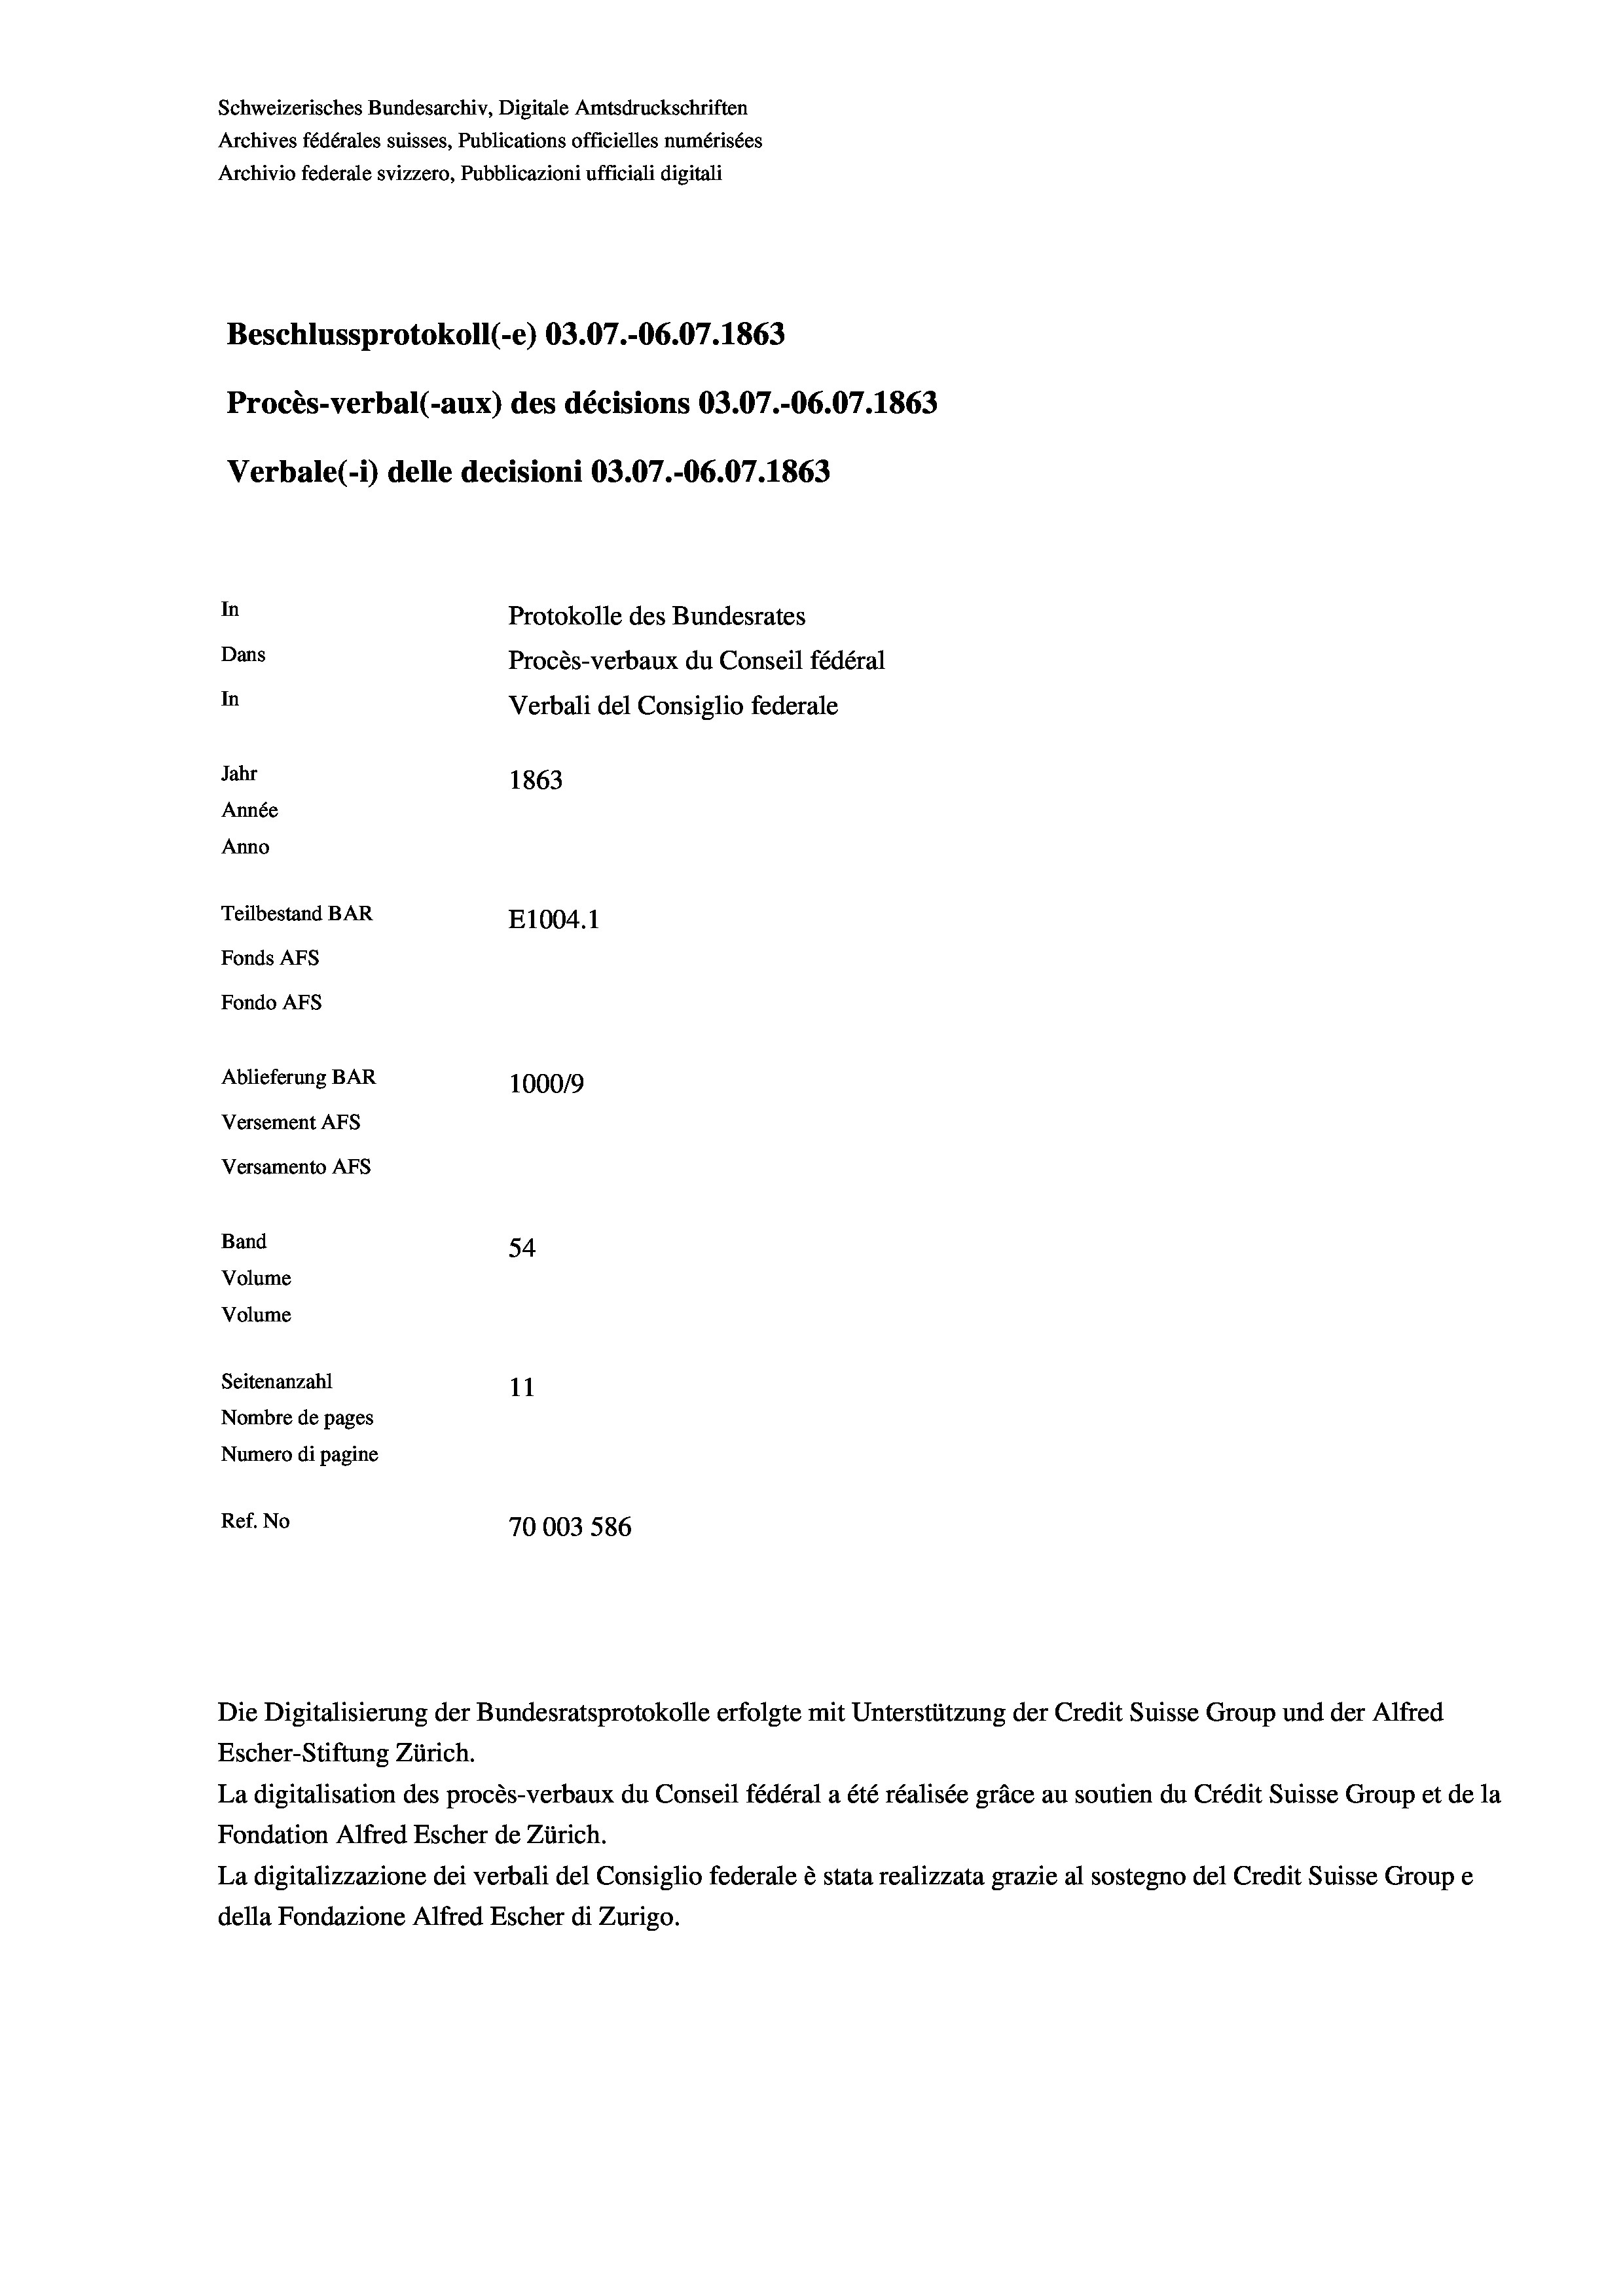
Beschlussprotokoll (-e) 03.07.-06.07. 1863
Procès-verbal (-aux) des décisions 03.07.-06.07. 1863
Verbale(*) delle decisioni 03.07.-O6.07. 1863
In
Protokolle des Bundesrates
Dans
Procès-verbaux du Conseil fédéral
In
Verbali del Consiglio federale
Jahr
1863
Année
Anno
Teilbestand BAR
E1004.1
Fonds AFs
Fondo AFS
Ablieferung BAR
100019
Versement AFs
Versamento AFs

Band
Volume
Volume
Seitenanzahl

Schweizerisches Bundesarchiv, Digitale Amtsdruckschriften
Archives fédérales suisses, Publications officielles numérisées
Archivio federale svizzero, Pubblicazioni ufficiali digitali

54
11
Nombre de pages
Numero di pagine
Ref. No
70003 586

Escher-Stiftung Zürich.
La digitalisation des procès-verbaux du Conseil fédéral a été réalisée gräce au soutien du Crédit Suisse Group et de la
Fondation Alfred Escher de Zürich.
La digitalizzazione dei verbali del Consiglio federale è stata realizzata grazie al sostegno del Credit Suisse Groupe
della Fondazione Alfred Escher di Zurigo.

Die Digitalisierung der Bundesratsprotokolle erfolgte mit Unterstützung der Credit Suisse Group und der Alfred